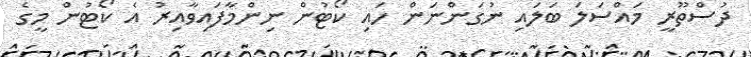
ދުސްތޫރީ މައްސަލަ ބަލައި ނުގަންނަން ހައި ކޯޓުން ނިންމާފައިވާއިރު އެ ކޯޓުން މީގެ